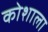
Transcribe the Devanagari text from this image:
कोशाला